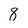
Character: 8